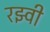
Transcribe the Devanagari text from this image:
रझ्वी